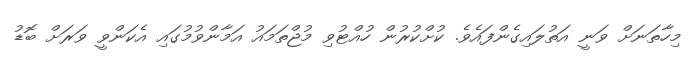
މިހާތަނަށް ވަނީ އަތުލައިގެންފައެވެ. ކުށްކުރުން ހުއްޓުވި މުޖްތަމައު އަމާންވުމުގައި އެކަންވީ ވަރަށް ބޮޑު